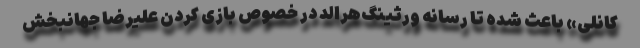
کانلی» باعث شده تا رسانه ورثینگ‌هرالد در خصوص بازی کردن علیرضا جهانبخش